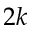
2 k